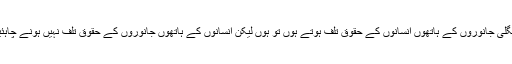
جنگلی جانوروں کے ہاتھوں انسانوں کے حقوق تلف ہوتے ہوں تو ہوں لیکن انسانوں کے ہاتھوں جانوروں کے حقوق تلف نہیں ہونے چاہئیں۔